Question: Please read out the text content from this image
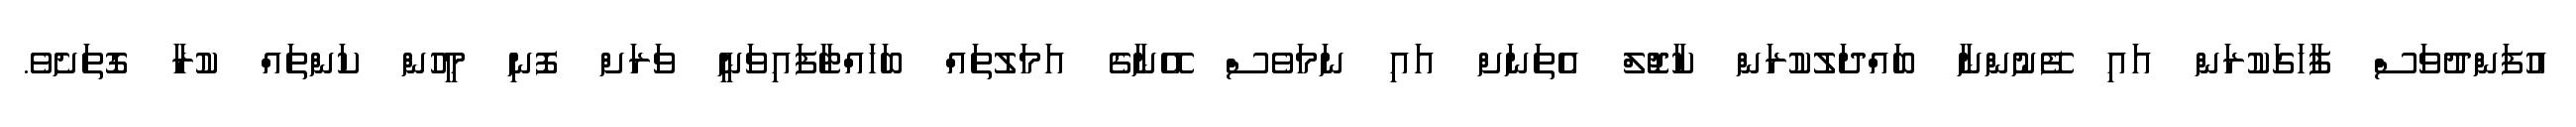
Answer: އުފަންދުވަސް ފާހަގަކުރަން އައި ފޭނުންނާ ބައްދަލުކުރަން ކާޖޮލް އެތަނަށް އައި ނަމަވެސް އޭނާގެ އަމަލުތައް ބަހައްޓާފައިވަނީ ވަރަށް ފޮނި މީހުން ކަންތައް ކުރާ ގޮތަށެވެ.